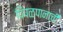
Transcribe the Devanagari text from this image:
पिंपळपानाची